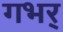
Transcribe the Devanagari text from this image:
गभर्